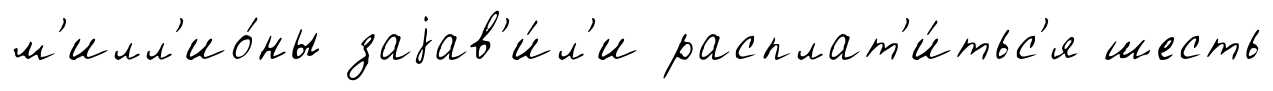
м'илл'ио́ны заjав'и́л'и расплат'и́тьс'я шесть